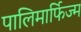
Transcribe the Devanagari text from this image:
पालिमार्फिज्म